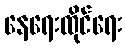
နေရေးထိုင်ရေး